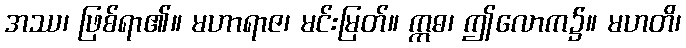
အဿ၊ ဖြစ်ရာ၏။ မဟာရာဇ၊ မင်းမြတ်။ ဣဓ၊ ဤလောက၌။ မဟတိ၊